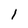
Character: 1